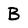
Character: B